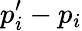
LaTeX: p_{i}^{\prime}-p_{i}